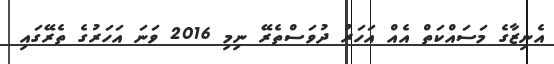
އެނިޒާގެ މަސައްކަތް އެއް އަހަރު ދުވަސްތެރޭ ނިމި 2016 ވަނަ އަހަރުގެ ތެރޭގައި